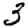
Digit: 3